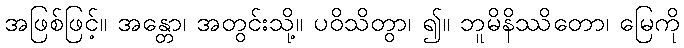
အဖြစ်ဖြင့်။ အန္တော၊ အတွင်းသို့။ ပဝိသိတွာ၊ ၍။ ဘူမိနိဿိတော၊ မြေကို